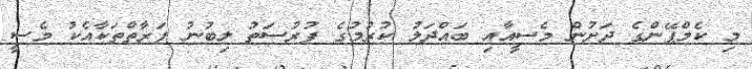
މި ކެމްޕޭންގެ ދަށުން މެސީއާއި ބައްދަލު ކުރުމުގެ ފުރުސަތު ލިބުނު ފަރާތްތަކާއެކު މެސީ